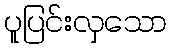
ပူပြင်းလှသော